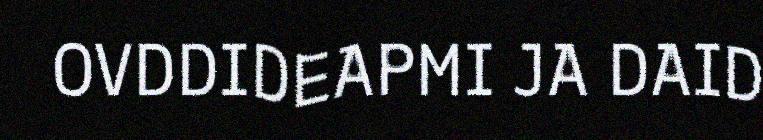
OVDDIDEAPMI JA DAID